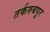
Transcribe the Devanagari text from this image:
तर्करुबपुर